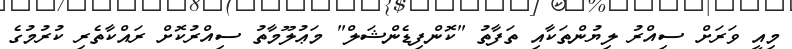
މިއީ ވަރަށް ސިއްރު ލިޔުންތަކާއި ތަފާތު "ކޮންފިޑެންޝަލް" މަޢުލޫމާތު ސިއްރުކޮށް ރައްކާތެރި ކުރުމުގެ